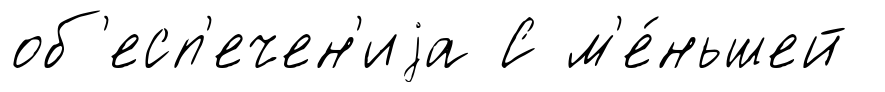
об'есп'ечен'иjа С м'е́ньшей